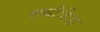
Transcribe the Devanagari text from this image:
सवीडिश